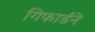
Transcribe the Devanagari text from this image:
गिफार्डने